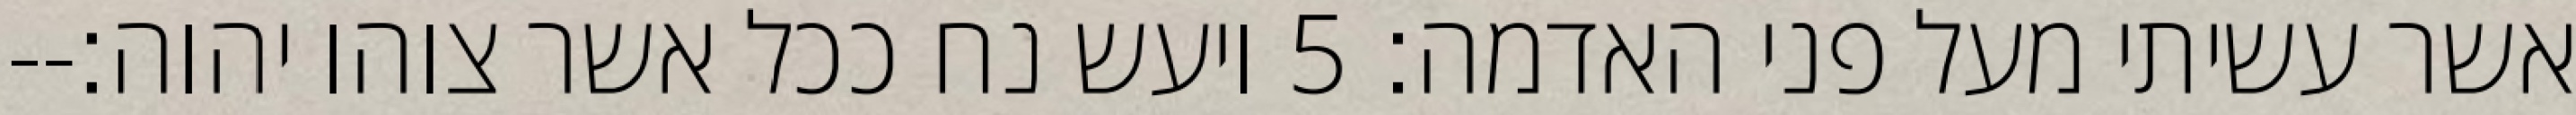
אשר עשיתי מעל פני האדמה׃ ‎5‏ ויעש נח ככל אשר צוהו יהוה׃--